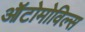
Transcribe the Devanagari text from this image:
ऑटोमोविल्स